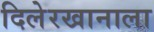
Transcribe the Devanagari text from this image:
दिलेरखानाला